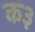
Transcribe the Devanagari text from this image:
क३